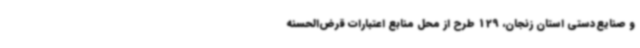
و صنایع‌دستی استان زنجان، 129 طرح از محل منابع اعتبارات قرض‌الحسنه